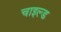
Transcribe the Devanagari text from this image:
चाइल्‍ड